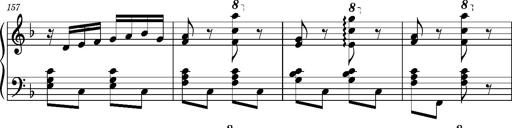
Title: Ungarischer Romanzero
Composer: Franz Liszt